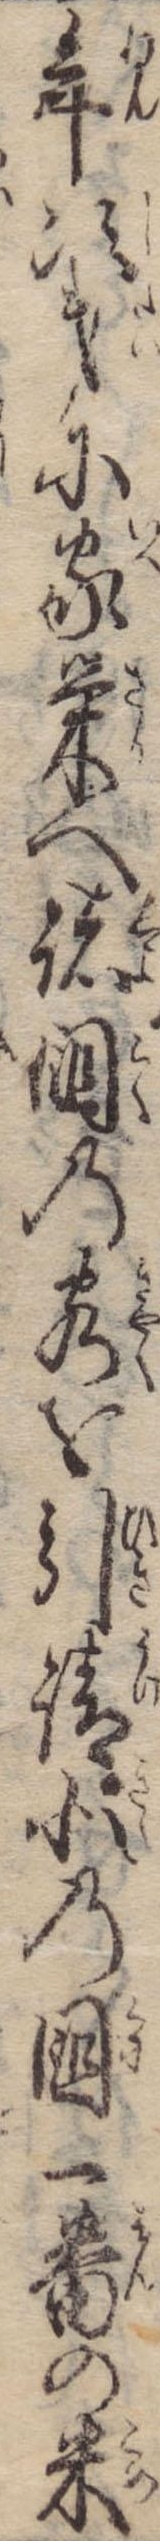
年次第に家栄へ諸国の客を引請北の国一番の米